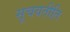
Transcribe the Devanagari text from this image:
सूचयतीति